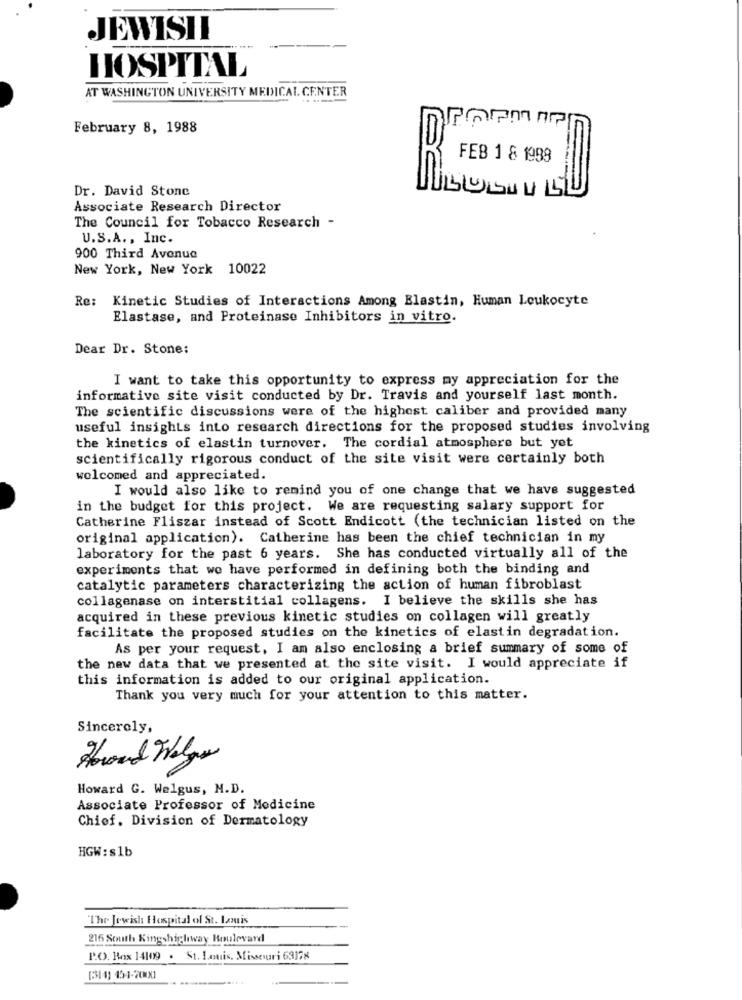
JEWISH
HOSPITAL
AT WASHINGTON UNIVERSITY MEDICAL CENTER
February 8, 1988
FEB 1 & 1999
Dr. David Stone
Associate Research Director
The Council for Tobacco Research -
U.S.A ., Inc.
900 Third Avenue
New York, New York 10022
Re:
Kinetic Studies of Interactions Among Blastin, Human Leukocyte
Elastase, and Proteinase Inhibitors in vitro.
Dear Dr. Stone:
I want to take this opportunity to express my appreciation for the
informative site visit conducted by Dr. Travis and yourself last month.
The scientific discussions were of the highest caliber and provided many
useful insights into research directions for the proposed studies involving
the kinetics of elastin turnover. The cordial atmosphere but yet
scientifically rigorous conduct of the site visit were certainly both
welcomed and appreciated.
I would also like to remind you of one change that we have suggested
in the budget for this project. We are requesting salary support for
Catherine Fliszar instead of Scott Endicott (the technician listed on the
original application). Catherine has been the chief technician in my
laboratory for the past 6 years. She has conducted virtually all of the
experiments that we have performed in defining both the binding and
catalytic parameters characterizing the action of human fibroblast
collagenase on interstitial collagens. I believe the skills she has
acquired in these previous kinetic studies on collagen will greatly
facilitate the proposed studies on the kinetics of elastin degradation.
As per your request, I am also enclosing a brief summary of some of
the new data that we presented at the site visit. I would appreciate if
this information is added to our original application.
Thank you very much for your attention to this matter.
Sincerely,
Houd Welyn
Howard G. Welgus, M.D.
Associate Professor of Medicine
Chief. Division of Dermatology
HGW:s1b
The Jewish Hospital of St. Louis
216 South Kingshighway Boulevard
P.O. Box 14109 . St. Louis, Missouri 63178
[314) 154-7000